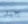
جيد